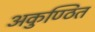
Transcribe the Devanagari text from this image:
अकुण्ठित